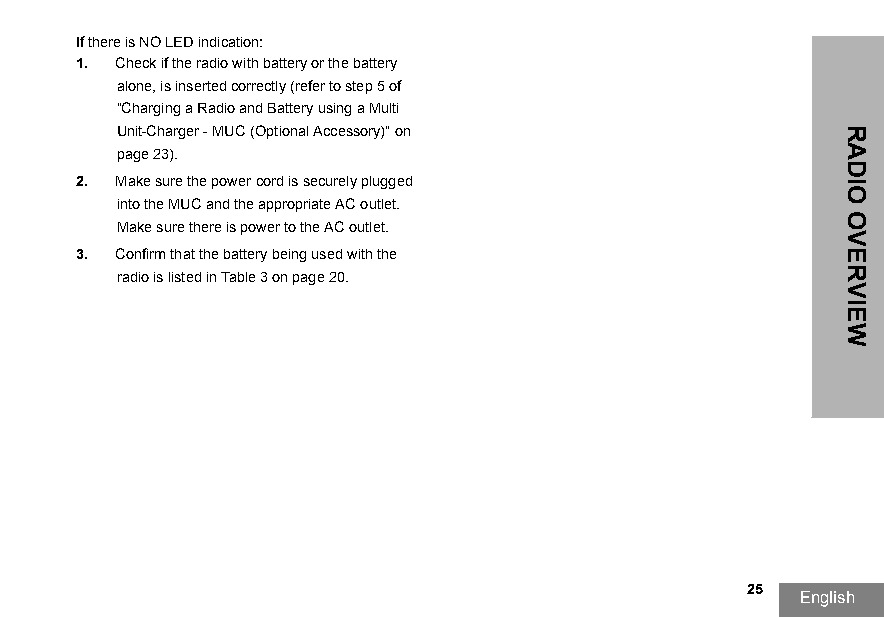
If there is NO LED indication:
 1. Check if the radio with battery or the battery
 alone, is inserted correctly (refer to step 5 of
 "Charging a Radio and Battery using a Multi
 Unit-Charger - MUC (Optional Accessory)" on
 page23).
 2. Make sure the power cord is securely plugged
 into the MUC and the appropriate AC outlet.
 Make sure there is power to the AC outlet.
 3. Confirm that the battery being used with the
 radio is listed in Table3 on page20.
 25
 English
 RADIO
 OVERVIEW